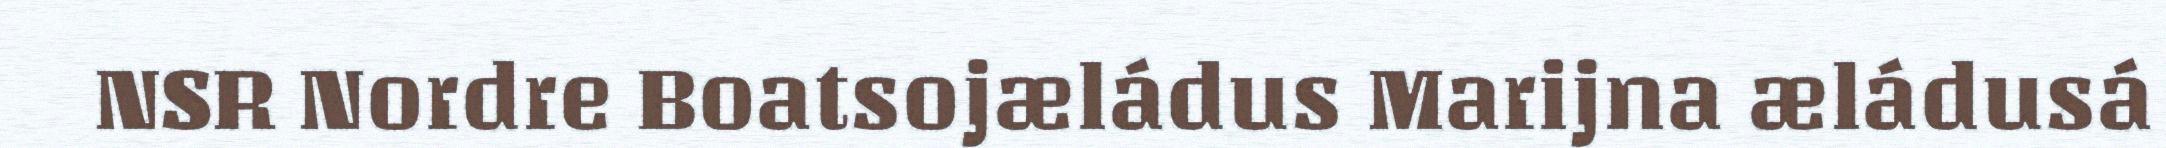
NSR Nordre Boatsojæládus Marijna æládusá